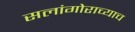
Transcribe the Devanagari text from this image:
सलांगोराच्याच